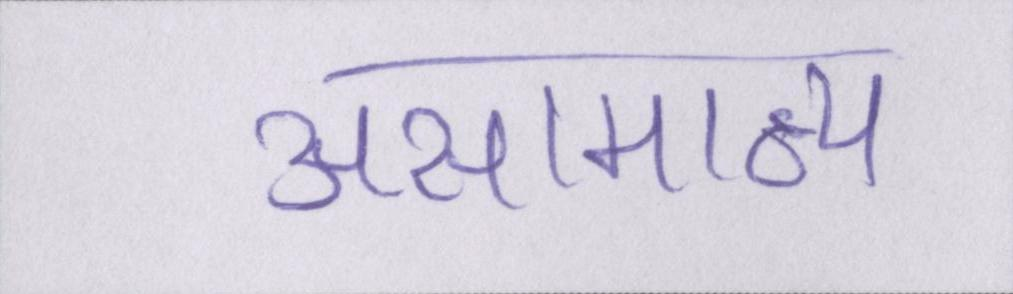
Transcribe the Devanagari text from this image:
असामान्य